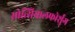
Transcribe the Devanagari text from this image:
सोत्सियालफोर्शुंग